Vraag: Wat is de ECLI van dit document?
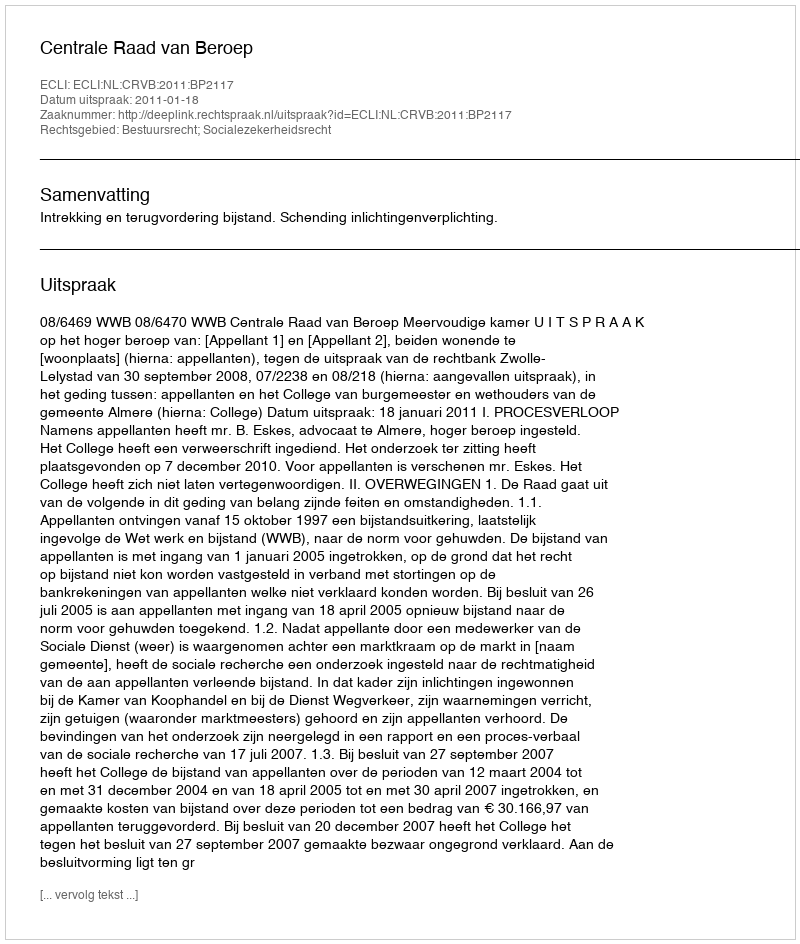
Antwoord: ECLI:NL:CRVB:2011:BP2117